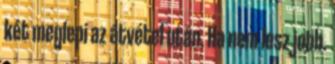
két meglepi az átvétel után. Ha nem lesz jobb.